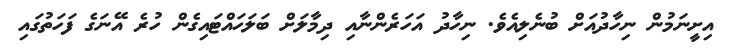
އިށީނަމުން ނިހާދުއަށް ބުނެލިއެވެ. ނިހާދު އަހަރެންނާއި ދިމާލަށް ބަލަހައްޓައިގެން ހުރެ އޭނަގެ ފަހަތުގައި